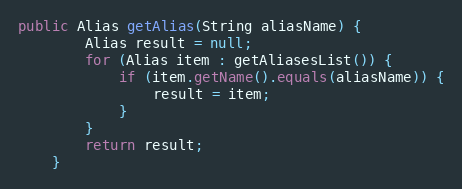
Language: Java
public Alias getAlias(String aliasName) {
        Alias result = null;
        for (Alias item : getAliasesList()) {
            if (item.getName().equals(aliasName)) {
                result = item;
            }
        }
        return result;
    }